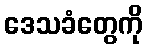
ဒေသခံတွေကို